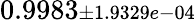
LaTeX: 0.9983{\scriptstyle\pm 1.9329e-04}